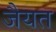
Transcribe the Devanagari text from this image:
जैयत